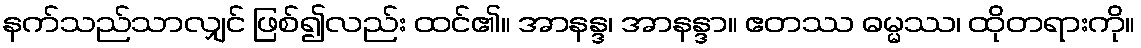
နက်သည်သာလျှင် ဖြစ်၍လည်း ထင်၏။ အာနန္ဒ၊ အာနန္ဒာ။ ဧတဿ ဓမ္မဿ၊ ထိုတရားကို။